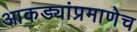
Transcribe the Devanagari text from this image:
आकड्यांप्रमाणेच